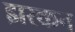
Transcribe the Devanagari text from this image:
झरकन